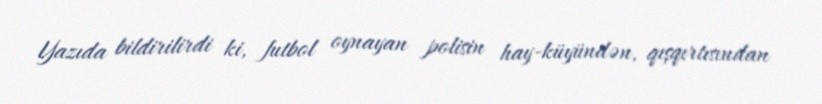
Yazıda bildirilirdi ki, futbol oynayan polisin hay-küyündən, qışqırtısından